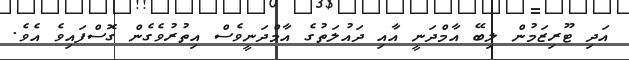
އަދި ޓޫރިޒަމުން ލިބޭ އާމްދަނީ އާއި ދައުލަތުގެ އާމްދަނީވެސް އިތުރުވެގެން ގޮސްފައިވެ އެވެ.